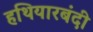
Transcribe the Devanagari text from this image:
हथियारबंदी